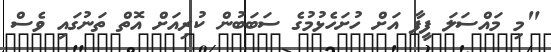
"މި މައްސަލަ ފީފާ އަަށް ހުށަހެޅުމުގެ ސަބަބުން ކުރިއަށް އޮތް ތަނުގައި ވެސް